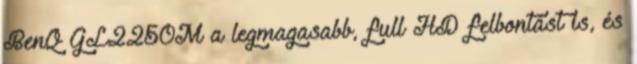
BenQ GL2250M a legmagasabb, full HD felbontást is, és